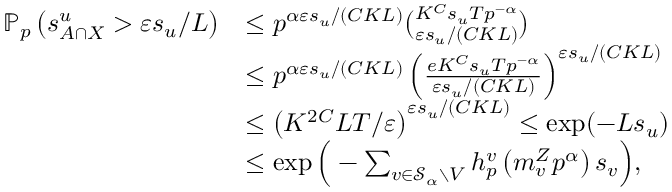
\begin{array} { r l } { { \ensuremath { \mathbb P } } _ { p } \left( s _ { A \cap X } ^ { u } > \varepsilon s _ { u } / L \right) } & { \le p ^ { \alpha \varepsilon s _ { u } / ( C K L ) } \binom { K ^ { C } s _ { u } T p ^ { - \alpha } } { \varepsilon s _ { u } / ( C K L ) } } \\ & { \le p ^ { \alpha \varepsilon s _ { u } / ( C K L ) } \left( \frac { e K ^ { C } s _ { u } T p ^ { - \alpha } } { \varepsilon s _ { u } / ( C K L ) } \right) ^ { \varepsilon s _ { u } / ( C K L ) } } \\ & { \le \left( K ^ { 2 C } L T / \varepsilon \right) ^ { \varepsilon s _ { u } / ( C K L ) } \le \exp ( - L s _ { u } ) } \\ & { \le \exp \Big ( - \sum _ { v \in \ensuremath { \mathcal S } _ { \alpha } \setminus V } h _ { p } ^ { v } \left( m _ { v } ^ { Z } p ^ { \alpha } \right) s _ { v } \Big ) , } \end{array}